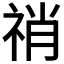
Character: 𥙬